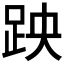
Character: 𫏅